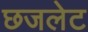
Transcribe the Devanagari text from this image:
छजलेट